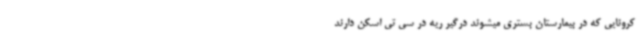
کرونایی که در بیمارستان بستری میشوند درگیر ریه در سی تی اسکن دارند